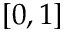
[ 0 , 1 ]